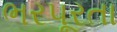
ભરપૂરતા